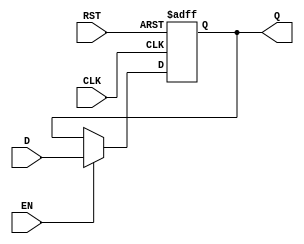
module BarrierRegister #(
    parameter WIDTH = 8  // Parameter to define the width of the data inputs/outputs
)(
    input  wire [WIDTH-1:0] D,    // Data inputs
    input  wire EN,                // Enable signal
    input  wire CLK,               // Clock signal
    input  wire RST,               // Asynchronous reset signal
    output reg  [WIDTH-1:0] Q      // Data outputs
);

// Asynchronous reset and synchronous data latching
always @(posedge CLK or posedge RST) begin
    if (RST) begin
        Q <= {WIDTH{1'b0}};         // Clear the register on reset
    end else if (EN) begin
        Q <= D;                     // Latch the input data when enabled
    end
    // If EN is low, Q retains its current value
end

endmodule